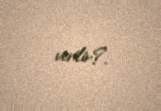
verilir?.